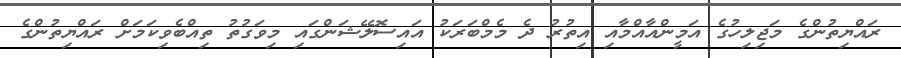
ރައްޔިތުންގެ މަޖިލިހުގެ އަމީންއާއްމާއި އިތުރު ދެ މެމްބަރަކު އައިސޮލޭޝަންގައި މިވަގުތު ތިއްބެވިކަމަށް ރައްޔިތުންގެ